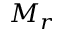
M _ { r }